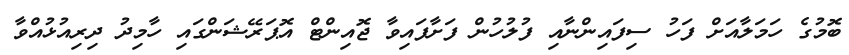
ބޮމުގެ ހަމަލާއަށް ފަހު ސިފައިންނާއި ފުލުހުން ފަށާފައިވާ ޖޮއިންޓް އޮޕަރޭޝަންގައި ހާމިދު ދިރިއުޅުއްވާ